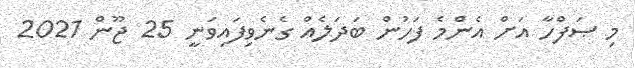
މި ޞަފްހާ އަށް އެންމެ ފަހުން ބަދަލެއް ގެނެވިފައިވަނީ 25 ޖޫން 2021